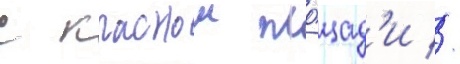
с краснои пло́щад'и //